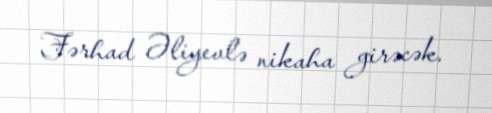
Fərhad Əliyevlə nikaha girəcək.